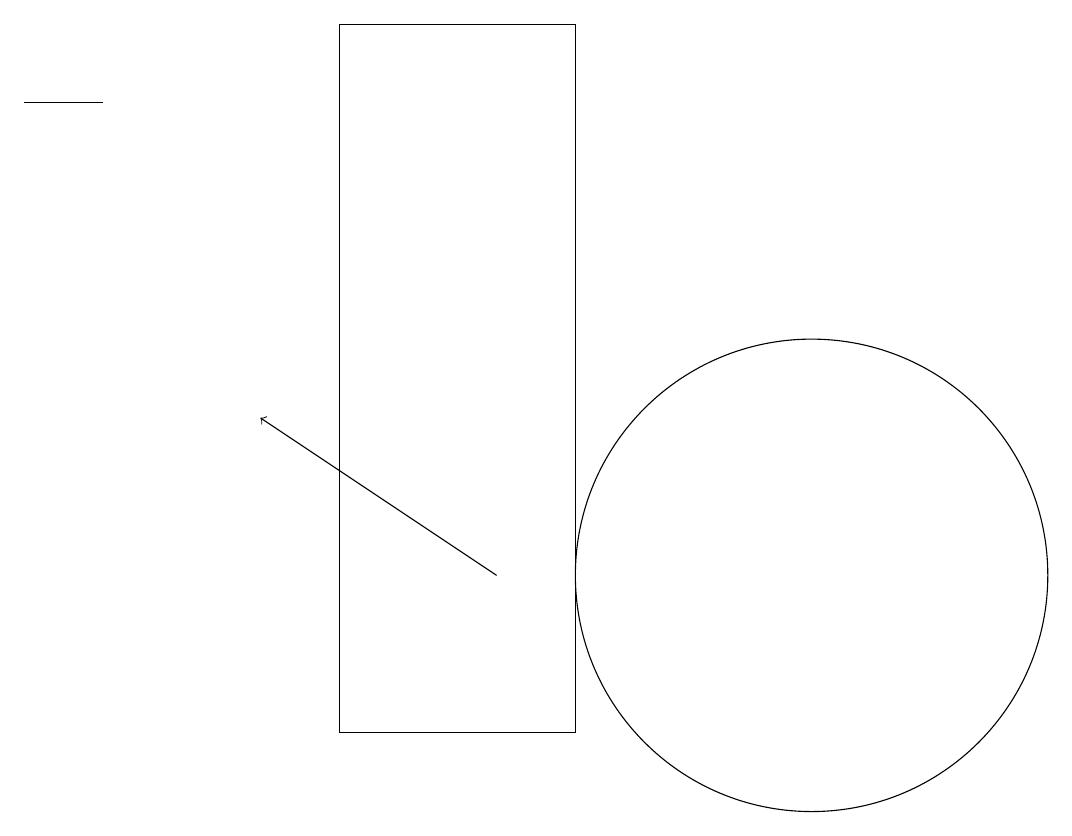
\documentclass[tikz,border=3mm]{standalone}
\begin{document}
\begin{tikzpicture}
\draw (11,12) circle (3);
\draw[->] (7,12) -- (4,14);
\draw (2,18) rectangle (1,18);
\draw (5,19) rectangle (8,10);
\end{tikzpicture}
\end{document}